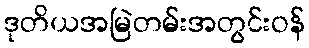
ဒုတိယအမြဲတမ်းအတွင်းဝန်